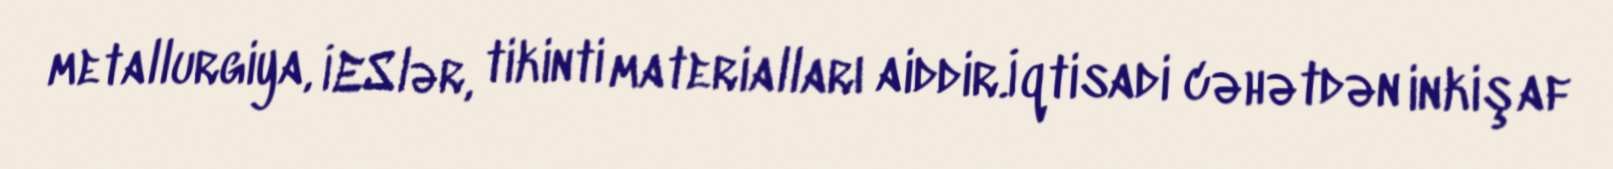
metallurgiya, İESlər, tikinti materialları aiddir.İqtisadi cəhətdən inkişaf